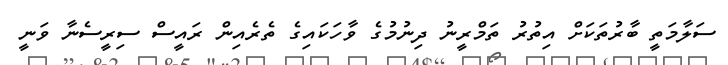
ސަލާމަތީ ބާރުތަކަށް އިތުރު ތަމްރީނު ދިނުމުގެ ވާހަކައިގެ ތެރެއިން ރައީސް ސިރީސެނާ ވަނީ